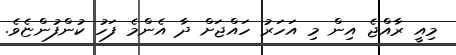
މިއީ ރާއްޖެ އިން މި އަހަރު ހައްޖަށް ދާ އެންމެ ފަހު ކުންފުންޏެވެ.